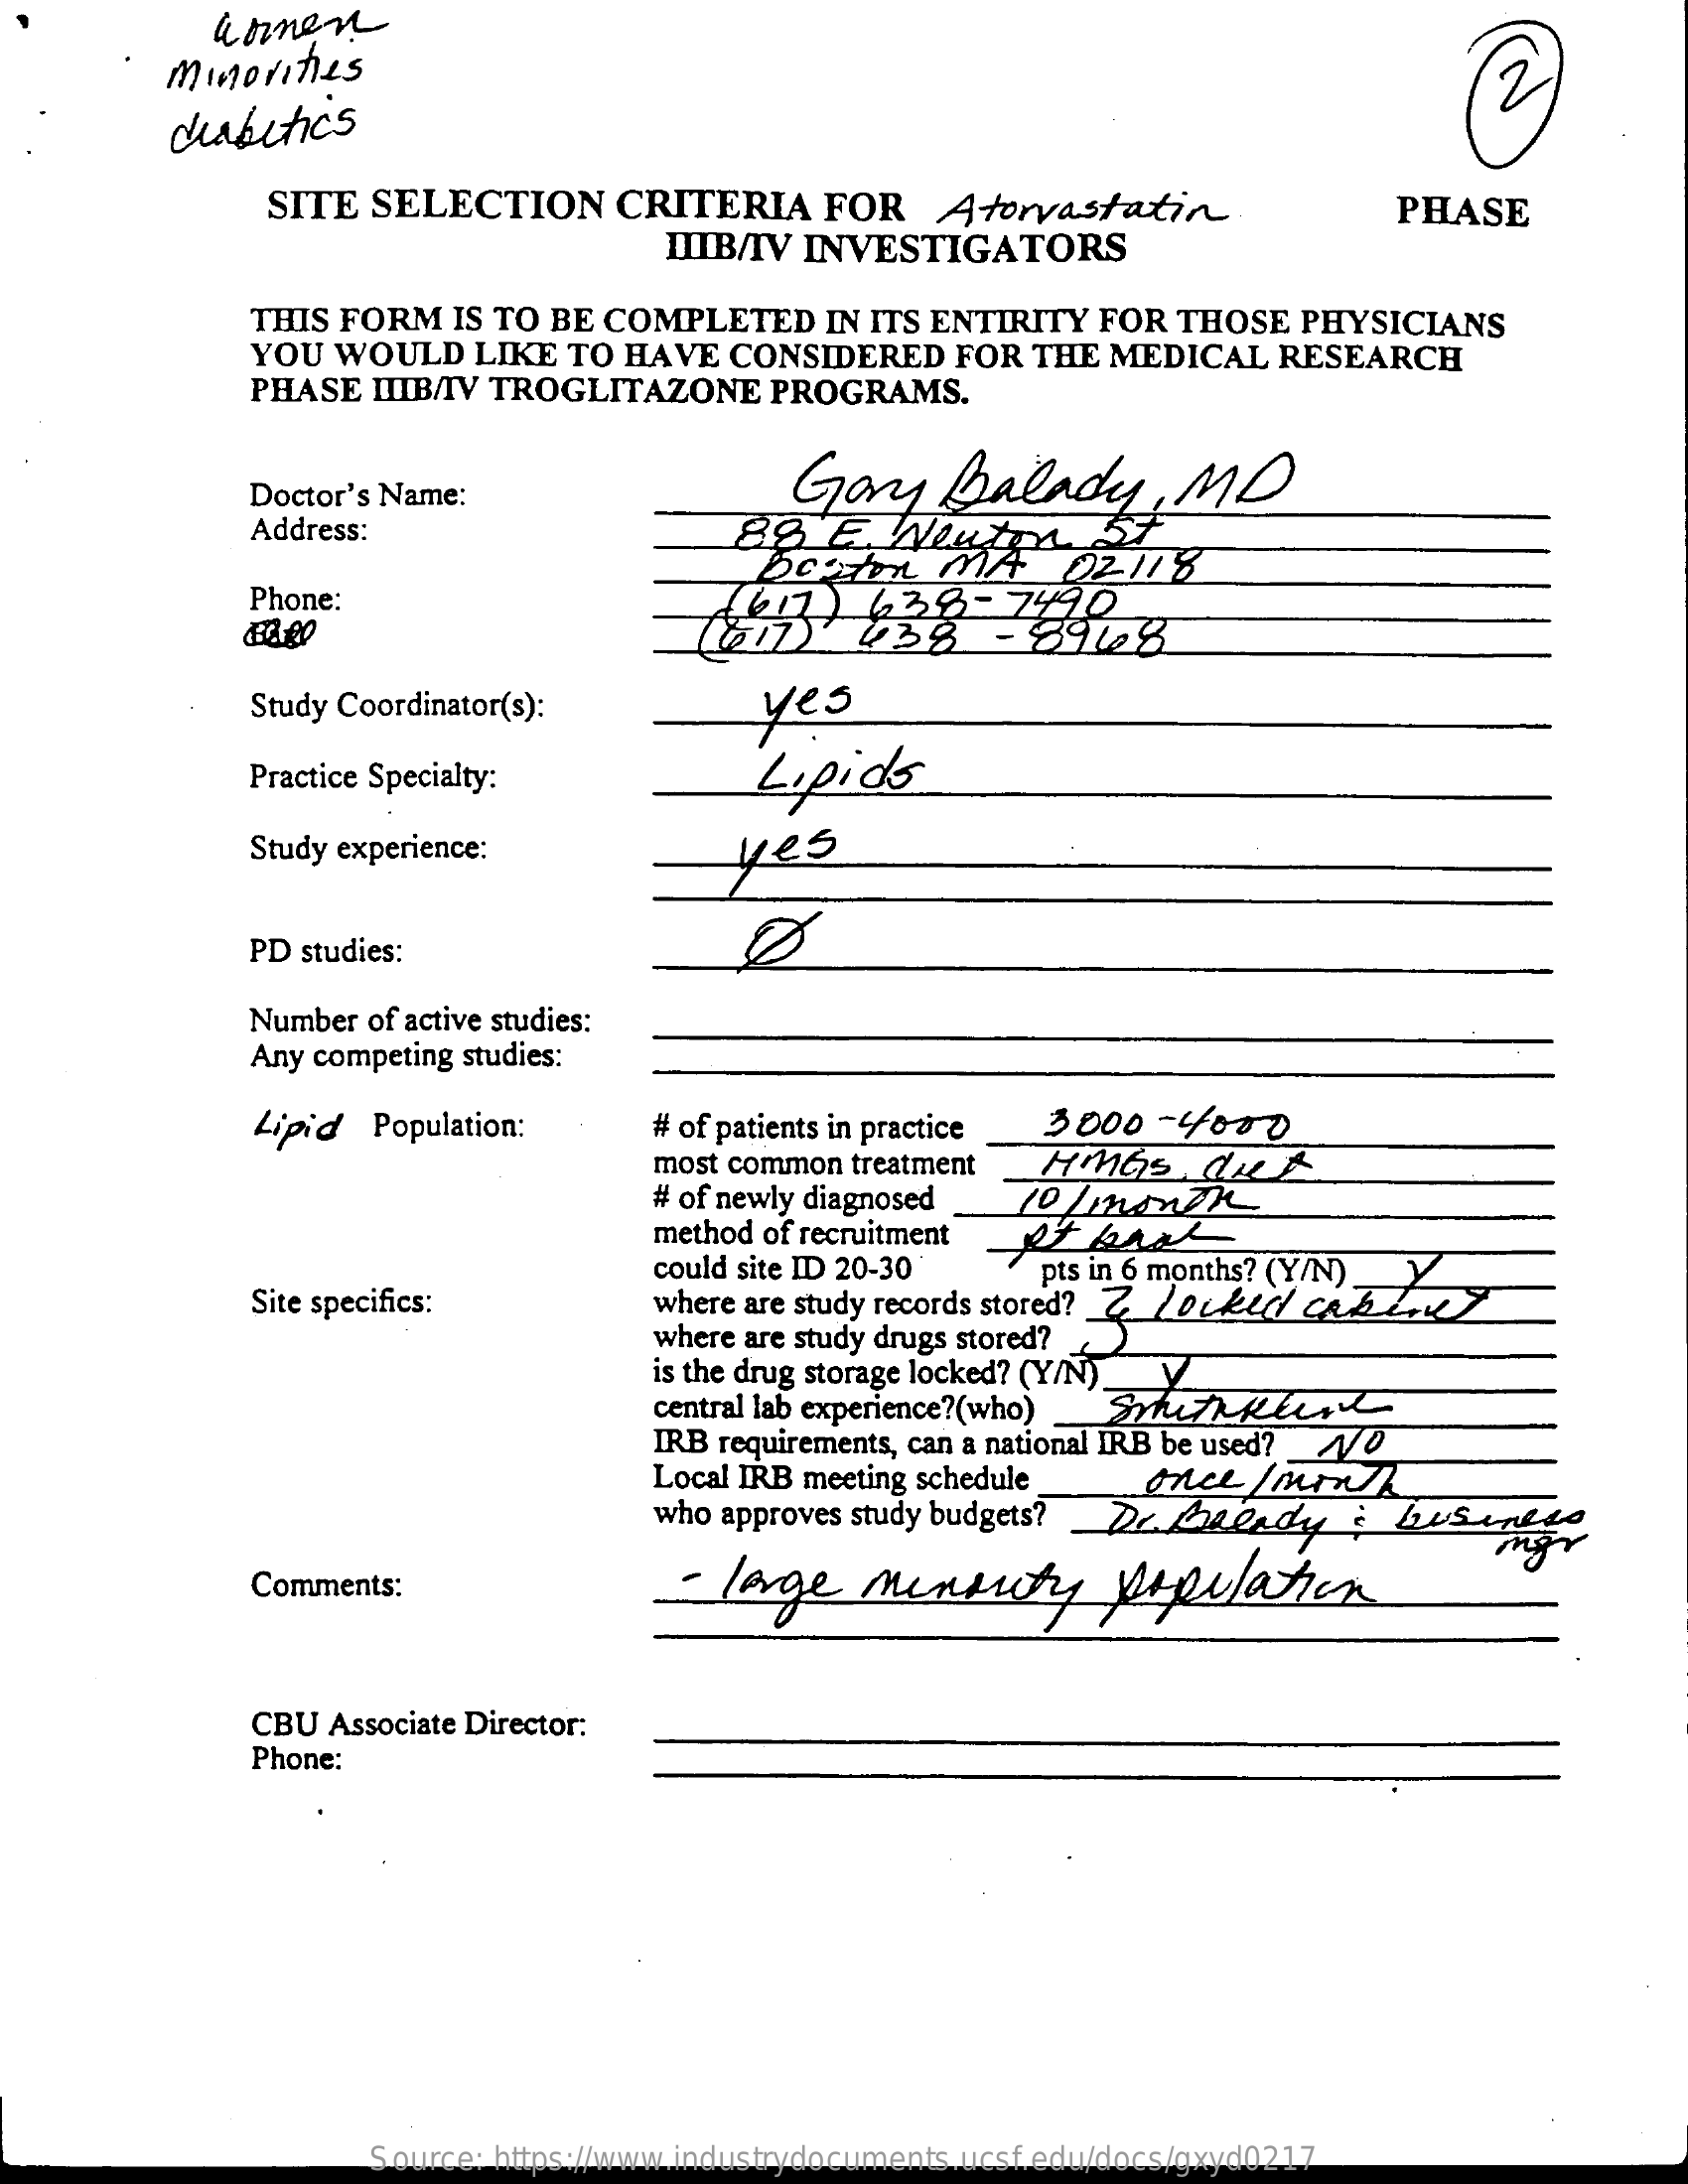
wonen
     minorities
     diabetics
     SITE  SELECTION    CRITERIA    FOR    Atorvastatin
     IIIB/IV INVESTIGATORS
     PHASE
     THIS FORM   IS TO BE  COMPLETED    IN ITS ENTIRITY   FOR  THOSE  PHYSICIANS
     YOU  WOULD    LIKE  TO HAVE   CONSIDERED    FOR  THE MEDICAL    RESEARCH
     PHASE  IIIBAIV TROGLITAZONE    PROGRAMS.
     Gary    Balady,    MD Doctor's Name:
     Address:    88    E.  Newton    ST
     DORTOR    MA    02118
     Phone:    (17    ) 638    - 7490
     438    - 8948
     Study Coordinator(s):    yes
     Practice Specialty:    Lipids
     Study experience:    yes
     PD studies:
     Number of active studies:
     Any competing studies:
     Lipid  Population:    # of patients in practice 3000-  4000
     most common treatment   HMGS.    Click
     # of newly diagnosed  10  /month
     method of recruitment
     Site specifics:
     could site ID 20-30    pts in 6 months? (Y/N).
     where are study records stored? Z Locked caz  Z.z
     where are study drugs stored?
     is the drug storage locked? (Y/N)
     central lab experience?(who) SurRen
     IRB requirements, can a national IRB be used? _ 0
     Local IRB meeting schedule    once   / month
     who approves study budgets? De   beerdy    : beSentto
     Comments:    - large    minuty    population
     CBU  Associate Director:
     Phone:
     Source: https://www.industrydocuments.ucsf.edu/docs/gxyd0217